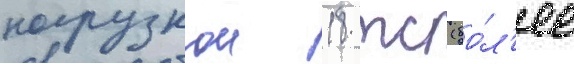
нагрузкои 18 тс (бо́л'ее